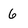
Character: 6